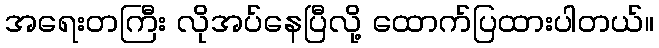
အရေးတကြီး လိုအပ်နေပြီလို့ ထောက်ပြထားပါတယ်။